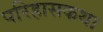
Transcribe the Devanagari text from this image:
परिहासकथा